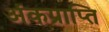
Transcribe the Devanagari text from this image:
अंकप्राप्ति